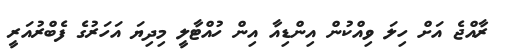
ރާއްޖެ އަށް ހިލަ ވިއްކުން އިންޑިއާ އިން ހުއްޓާލީ މިދިޔަ އަހަރުގެ ފެބްރުއަރީ